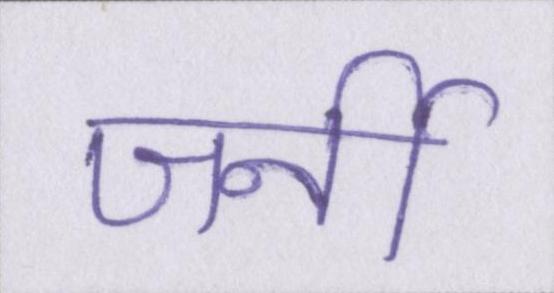
जर्नी